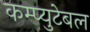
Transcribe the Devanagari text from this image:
कम्प्युटेबल